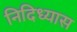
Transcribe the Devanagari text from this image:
निदिध्यास